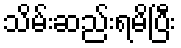
သိမ်းဆည်းရမိပြီး